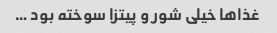
غذاها خیلی شور و پیتزا سوخته بود …